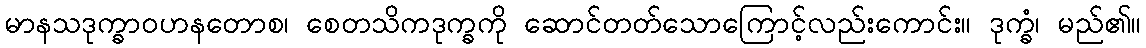
မာနသဒုက္ခာဝဟနတောစ၊ စေတသိကဒုက္ခကို ဆောင်တတ်သောကြောင့်လည်းကောင်း။ ဒုက္ခံ၊ မည်၏။